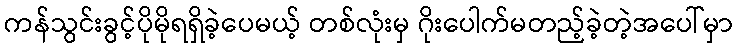
ကန်သွင်းခွင့်ပိုမိုရရှိခဲ့ပေမယ့် တစ်လုံးမှ ဂိုးပေါက်မတည့်ခဲ့တဲ့အပေါ်မှာ